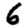
Digit: 6